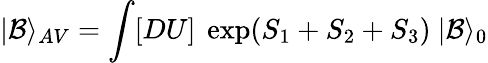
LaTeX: |{\cal B}\rangle_{AV}=\int[DU]\ \exp(S_{1}+S_{2}+S_{3})\ |{\cal B}\rangle_{0}